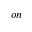
o n